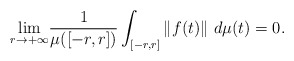
\begin{align*}\underset{r\rightarrow+\infty}{\lim}\frac{1}{\mu([-r,r])}\int_{[-r,r]}\left\Vert f(t)\right\Vert \,d\mu(t)=0 .\end{align*}